Report of the veterinary officer investigating camel disease
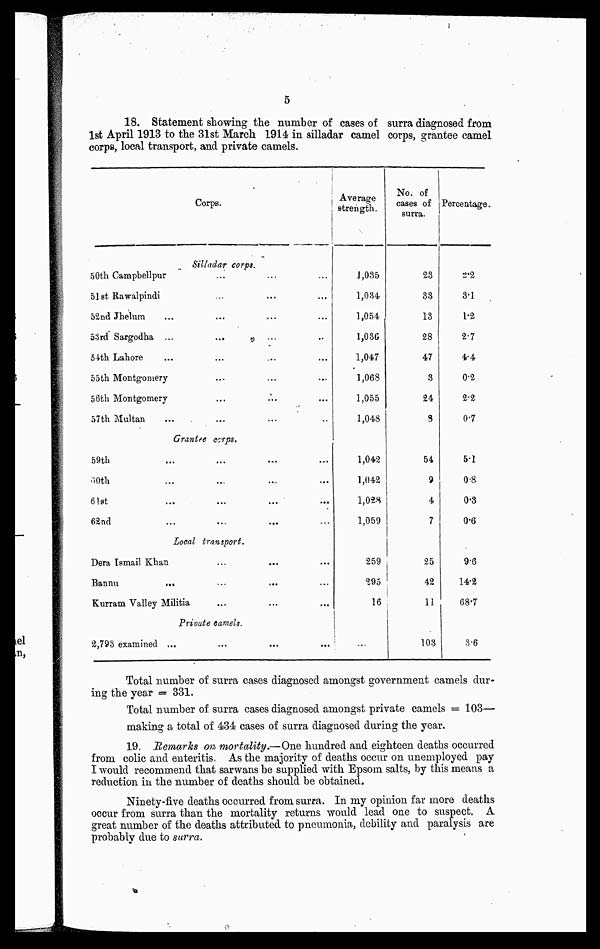
5
18. Statement stowing the number of cases of surra diagnosed from
1st April 1913 to the 31st March 1914 in silladar camel corps, grantee camel
corps, local transport, and private camels.
Corps.
Silladar corps.
50th Campbellpur
51st Rawalpindi
52nd Jhelum
53rd Sargodha ...
...
54th Lahore
55th Montgomery
56th Montgomery
57th Multan.
Grantee corps.
59th
60th
61st
62nd
Local transport.
Dera Ismail Khan
Bannu
...
Kurram Valley Militia
Private camels.
2,793 examined ...
Average
strength.
1,035
1,034
1,054
1,036
1,047
1,068
1,055
1,048
1,042
1,042
1,028
1,059
259
295
16
...
No. of
cases of
surra.
23
33
13
28
47
3
24
3
54
9
4
7
25
42
11
103
Percentage.
2.2
3.1
1.2
2.7
4.4
0.2
2.2
0.7
5.1
0.8
0.3
0.6
9.6
14.2
68.7
3.6
Total number of surra cases diagnosed amongst government camels dur-
ing the year — 331.
Total number of surra cases diagnosed amongst private camels = 103—
making a total of 434 cases of surra diagnosed during the year.
19. Remarks on mortality.—One hundred and eighteen deaths occurred
from colic and enteritis. As the majority of deaths occur on unemployed pay
I would recommend that sarwans be supplied with Epsom salts, by this means a
reduction in the number of deaths should be obtained.
Ninety-five deaths occurred from surra. In my opinion far more deaths
occur from surra than the mortality returns would lead one to suspect. A
great number of the deaths attributed to pneumonia, debility and paralysis are
probably due to surra.